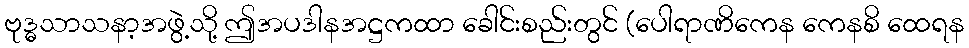
ဗုဒ္ဓသာသနာ့အဖွဲ့သို့ ဤအပဒါနအဋ္ဌကထာ ခေါင်းစည်းတွင် (ပေါရာဏိကေန ကေနစိ ထေရန